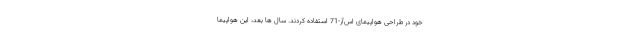
خود در طراحی هواپیمای اس‌آر-71 استفاده کردند. سال ها بعد، این هواپیما